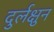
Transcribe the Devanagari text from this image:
दुर्लक्षुन